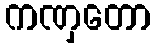
ကဏှတော